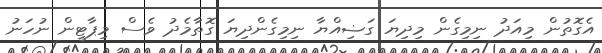
އެގޮތުން މިއަދު ނިމިގެން މިދިޔަ ގަޟިއްޔާ ނިމިގެންދިޔަ ގޮތާމެދު ވެސް މިޕާޓީން ނުހަނު